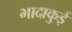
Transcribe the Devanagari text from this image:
भादाकुई